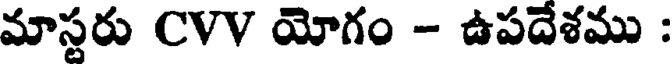
మాస్టరు CVV యోగం - ఉపదేశము :